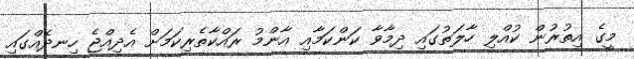
މީގެ އިތުރުން ކުއްލި ހާލަތުގައި ދިމާވާ ކަންކަމާއި އާންމު ރައްކާތެރިކަމަށް އެދިއްޖެ ހިނދެއްގައި